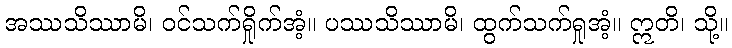
အဿသိဿာမိ၊ ဝင်သက်ရှိုက်အံ့။ ပဿသိဿာမိ၊ ထွက်သက်ရှုအံ့။ ဣတိ၊ သို့။